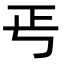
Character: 𭭘